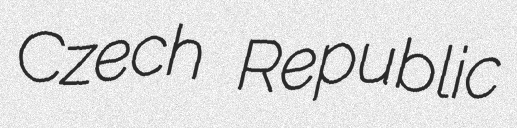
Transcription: Czech Republic